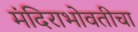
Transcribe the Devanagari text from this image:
मंदिराभोवतीचा